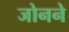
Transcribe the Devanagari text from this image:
जोनने